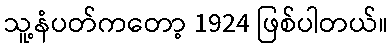
သူ့နံပတ်ကတော့ 1924 ဖြစ်ပါတယ်။